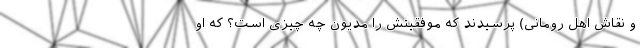
و نقاش اهل رومانی) پرسیدند که موفقیتش را مدیون چه چیزی است؟ که او